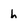
Character: h